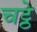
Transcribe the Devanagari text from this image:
चट्ठे